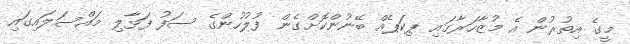
މީގެ އިތުރުން އެ މުޒާހަރާގައި ޕިކަޕެއް ބޭނުންކޮށްގެން ފުލުހުންގެ ސަފު ފަޅާލި މައްސަލައިގައި